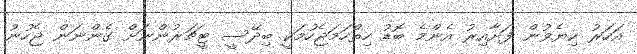
އަހަރު ކިޔެވުން ފަށާއިރު އެންމެ ބޮޑު ހިތްހަަމަޖެހުމަކީ ބިދޭސީ ޓީޗަރުންނަށް ގެންނަން ޖެހުނު